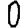
Digit: 0